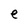
Character: e